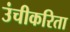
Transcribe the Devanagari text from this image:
उंचीकरिता